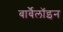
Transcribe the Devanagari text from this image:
बार्बैलॉइन